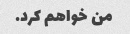
من خواهم کرد.